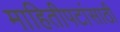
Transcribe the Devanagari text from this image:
माहितीपटांसाठी